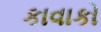
કાવાકો